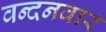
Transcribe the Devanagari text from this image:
वन्‍दनवार